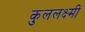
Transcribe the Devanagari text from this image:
कुललक्ष्मी